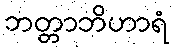
ဘတ္တာဘိဟာရံ